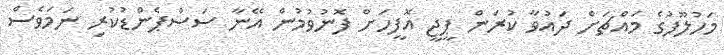
މަހުލޫފުގެ މައްޗަށް ދައުވާ ކުރަން ޕީޖީ އޮފީހަށް ފޮނުވުމުން އޭނާ ސަސްޕެންޑުކުރި ނަމަވެސް